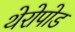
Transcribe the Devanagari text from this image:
थेरोपोड